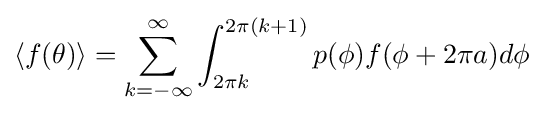
\langle f(\theta )\rangle =\sum _{k=-\infty }^{\infty }\int _{2\pi k}^{2\pi (k+1)}p(\phi )f(\phi +2\pi a)d\phi